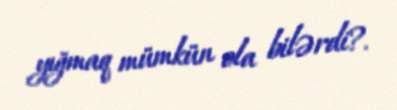
yığmaq mümkün ola bilərdi?.